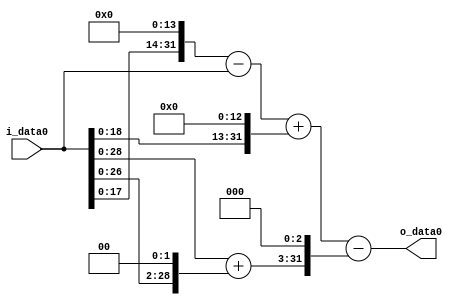
module multiplier_block_64 (
    i_data0,
    o_data0
);
  input   [31:0] i_data0;
  output  [31:0]
    o_data0;
  wire [31:0]
    w1,
    w16384,
    w16383,
    w8192,
    w24575,
    w4,
    w5,
    w40,
    w24535;
  assign w1 = i_data0;
  assign w16383 = w16384 - w1;
  assign w16384 = w1 << 14;
  assign w24535 = w24575 - w40;
  assign w24575 = w16383 + w8192;
  assign w4 = w1 << 2;
  assign w40 = w5 << 3;
  assign w5 = w1 + w4;
  assign w8192 = w1 << 13;
  assign o_data0 = w24535;
endmodule